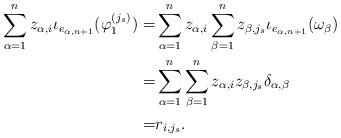
LaTeX: \begin{align*}\sum_{\alpha = 1}^n z_{\alpha,i} \iota_{e_{\alpha, n+1}}(\varphi_1^{(j_s)}) = & \sum_{\alpha = 1}^n z_{\alpha,i} \sum_{\beta=1}^n z_{\beta, j_s} \iota_{e_{\alpha, n+1}}(\omega_\beta) \\= &\sum_{\alpha = 1}^n \sum_{\beta=1}^n z_{\alpha,i} z_{\beta, j_s} \delta_{\alpha, \beta}\\= &r_{i,j_s}.\end{align*}